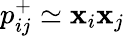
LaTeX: p_{ij}^{+}\simeq\mathbf{x}_{i}\mathbf{x}_{j}